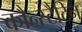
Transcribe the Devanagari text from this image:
कौन्स्टैटिन